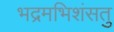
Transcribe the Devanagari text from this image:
भद्रमभिशंसतु